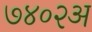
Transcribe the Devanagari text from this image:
७४०२अ